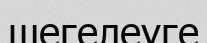
шегелеуге